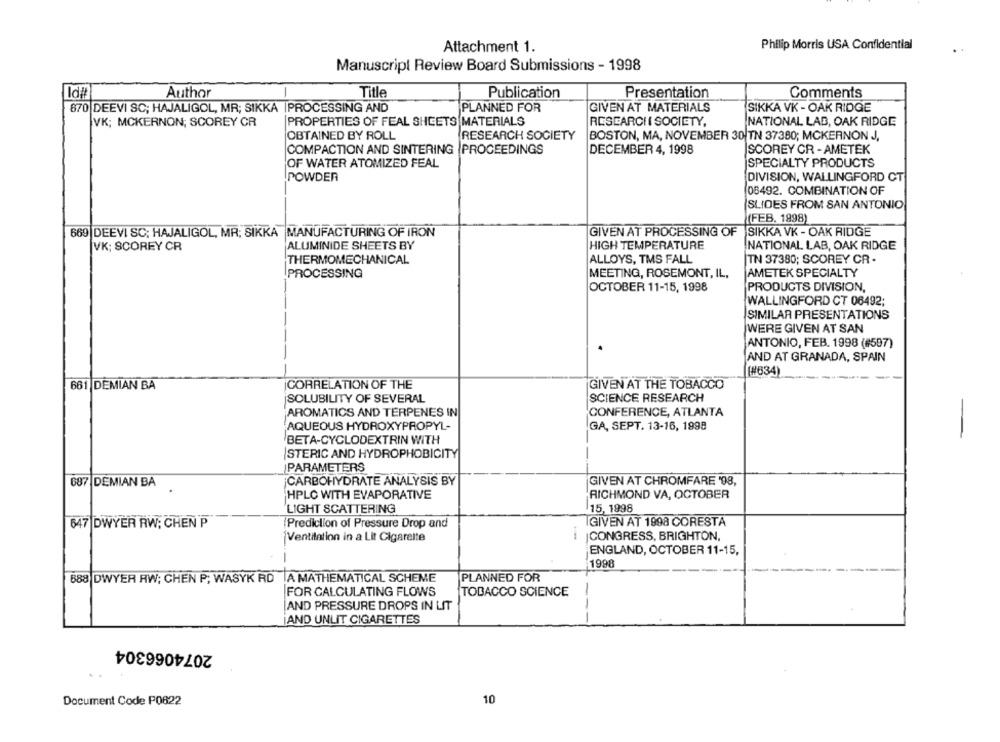
Philip Morris USA Confidential
Attachment 1.
Manuscript Review Board Submissions - 1998
Id#t
Author
Title
Publication
Presentation
Comments
870 DEEVI SC; HAJALIGOL, MR; SIKKA |PROCESSING AND
PLANNED FOR
GIVEN AT MATERIALS
SIKKA VK - OAK RIDGE
VK; MCKERNON; SCOREY CR
PROPERTIES OF FEAL SHEETS MATERIALS
RESEARCH I SOCIETY,
NATIONAL LAB, OAK RIDGE
OBTAINED BY ROLL
RESEARCH SOCIETY
BOSTON, MA, NOVEMBER 30 TN 37380; MCKERNON J,
COMPACTION AND SINTERING PROCEEDINGS
DECEMBER 4, 1998
SCOREY CR - AMETEK
OF WATER ATOMIZED FEAL
SPECIALTY PRODUCTS
POWDER
DIVISION, WALLINGFORD CT
08492. COMBINATION OF
SLIDES FROM SAN ANTONIO
(FEB. 1998)
669 DEEVI SC: HAJALIGOL, MR; SIKKA MANUFACTURING OF IRON
GIVEN AT PROCESSING OF SIKKA VK - OAK RIDGE
ALUMINIDE SHEETS BY
HIGH TEMPERATURE
VK; SCOREY CR
NATIONAL LAB, OAK RIDGE
ALLOYS, TMS FALL
TN 37380; SCOREY CR -
THERMOMECHANICAL
PROCESSING
MEETING, ROSEMONT, IL,
AMETEK SPECIALTY
OCTOBER 11-15, 1998
PRODUCTS DIVISION,
WALLINGFORD CT 06492;
SIMILAR PRESENTATIONS
WERE GIVEN AT SAN
ANTONIO, FEB. 1998 (#507)
AND AT GRANADA, SPAIN
(#634)
661 DEMIAN BA
CORRELATION OF THE
GIVEN AT THE TOBACCO
SOLUBILITY OF SEVERAL
SCIENCE RESEARCH
AROMATICS AND TERPENES IN
CONFERENCE, ATLANTA
AQUEOUS HYDROXYPROPYL-
GA, SEPT. 13-16, 1998
-
BETA-CYCLODEXTRIN WITH
STERIC AND HYDROPHOBICITY
PARAMETERS
687 DEMIAN BA
¡CARBOHYDRATE ANALYSIS BY
GIVEN AT CHROMFARE '98,
HPLC WITH EVAPORATIVE
RICHMOND VA, OCTOBER
LIGHT SCATTERING
15, 1998
647 DWYER RW; CHEN P
Prediction of Pressure Drop and
GIVEN AT 1998 CORESTA
Ventilation in a Lit Cigarette
JCONGRESS, BRIGHTON,
ENGLAND, OCTOBER 11-15,
1998
688 DWYER RW; CHEN P; WASYK RD A MATHEMATICAL SCHEME
PLANNED FOR
FOR CALCULATING FLOWS
TOBACCO SCIENCE
AND PRESSURE DROPS IN LIT
AND UNLIT CIGARETTES
-
2074066304
Document Code P0622
10